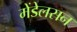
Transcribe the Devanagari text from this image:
मेंडेलसन